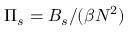
\Pi _ { s } = B _ { s } / ( \beta N ^ { 2 } )